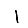
Digit: 1